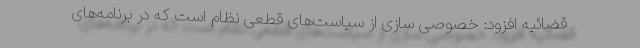
قضائیه افزود: خصوصی سازی از سیاست‌های قطعی نظام است که در برنامه‌های